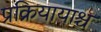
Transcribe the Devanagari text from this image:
प्रक्रियायाश्च